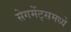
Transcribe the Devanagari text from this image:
सेगमेंट्समध्ये